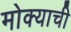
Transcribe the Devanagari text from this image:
मोक्याची